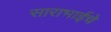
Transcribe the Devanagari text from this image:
साराभाईचे